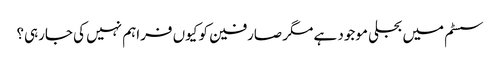
سسٹم میں بجلی موجود ہے مگر صارفین کو کیوں فراہم نہیں کی جارہی؟